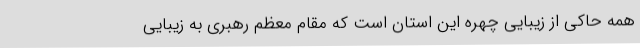
همه حاکی از زیبایی چهره این استان است که مقام معظم رهبری به زیبایی